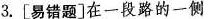
3.[易错题] 在一段路的一侧